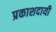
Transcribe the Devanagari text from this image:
प्रकाशदायी